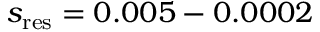
s _ { \mathrm { r e s } } = 0 . 0 0 5 - 0 . 0 0 0 2